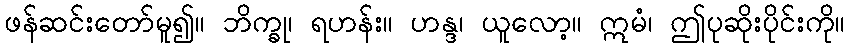
ဖန်ဆင်းတော်မူ၍။ ဘိက္ခု၊ ရဟန်း။ ဟန္ဒ၊ ယူလော့။ ဣမံ၊ ဤပုဆိုးပိုင်းကို။